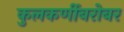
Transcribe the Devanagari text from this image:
कुलकर्णीबरोबर